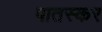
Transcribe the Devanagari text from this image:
पातस्कर